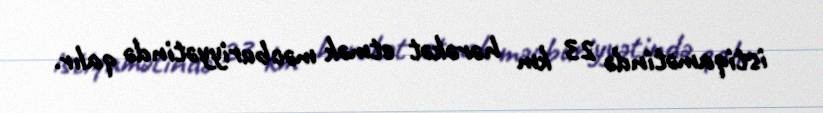
istiqamətində 23 km hərəkət etmək məcburiyyətində qalır.